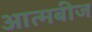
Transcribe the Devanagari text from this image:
आत्मबीज